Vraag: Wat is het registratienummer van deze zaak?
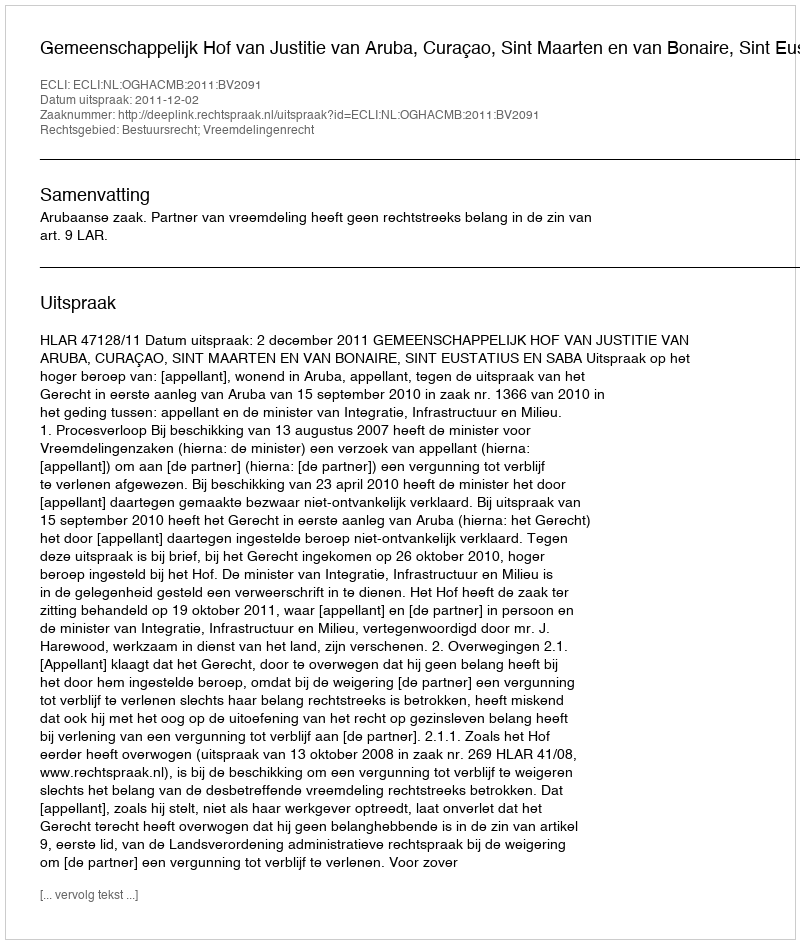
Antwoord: http://deeplink.rechtspraak.nl/uitspraak?id=ECLI:NL:OGHACMB:2011:BV2091